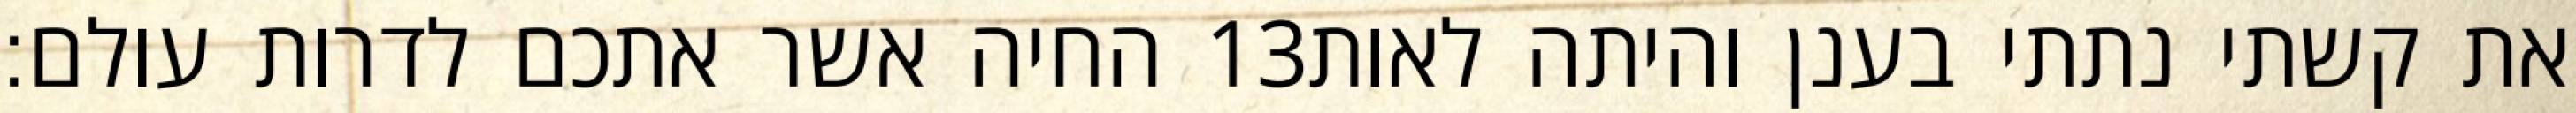
החיה אשר אתכם לדרות עולם׃ ‎13‏ את קשתי נתתי בענן והיתה לאות